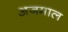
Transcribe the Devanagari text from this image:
अजमाल